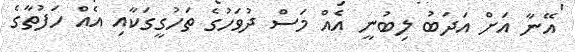
އޭނާ އަށް އަދަބު ލިބުނީ އެއް މަސް ދުވަހުގެ ތަހުގީގަކާއި އެއް ހަފުތާގެ